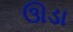
ઊડા